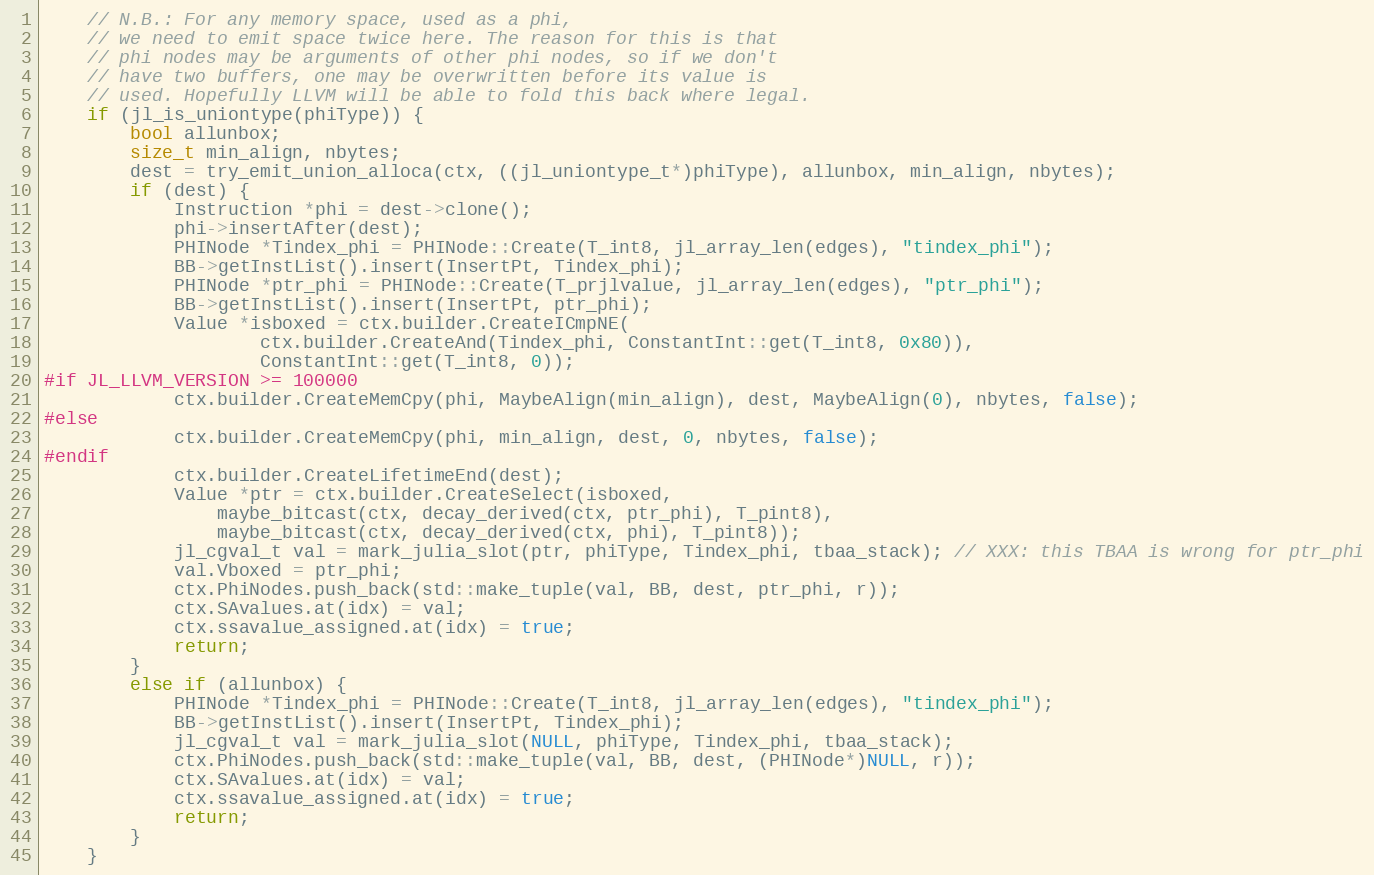
Language: C++
    // N.B.: For any memory space, used as a phi,
    // we need to emit space twice here. The reason for this is that
    // phi nodes may be arguments of other phi nodes, so if we don't
    // have two buffers, one may be overwritten before its value is
    // used. Hopefully LLVM will be able to fold this back where legal.
    if (jl_is_uniontype(phiType)) {
        bool allunbox;
        size_t min_align, nbytes;
        dest = try_emit_union_alloca(ctx, ((jl_uniontype_t*)phiType), allunbox, min_align, nbytes);
        if (dest) {
            Instruction *phi = dest->clone();
            phi->insertAfter(dest);
            PHINode *Tindex_phi = PHINode::Create(T_int8, jl_array_len(edges), "tindex_phi");
            BB->getInstList().insert(InsertPt, Tindex_phi);
            PHINode *ptr_phi = PHINode::Create(T_prjlvalue, jl_array_len(edges), "ptr_phi");
            BB->getInstList().insert(InsertPt, ptr_phi);
            Value *isboxed = ctx.builder.CreateICmpNE(
                    ctx.builder.CreateAnd(Tindex_phi, ConstantInt::get(T_int8, 0x80)),
                    ConstantInt::get(T_int8, 0));
#if JL_LLVM_VERSION >= 100000
            ctx.builder.CreateMemCpy(phi, MaybeAlign(min_align), dest, MaybeAlign(0), nbytes, false);
#else
            ctx.builder.CreateMemCpy(phi, min_align, dest, 0, nbytes, false);
#endif
            ctx.builder.CreateLifetimeEnd(dest);
            Value *ptr = ctx.builder.CreateSelect(isboxed,
                maybe_bitcast(ctx, decay_derived(ctx, ptr_phi), T_pint8),
                maybe_bitcast(ctx, decay_derived(ctx, phi), T_pint8));
            jl_cgval_t val = mark_julia_slot(ptr, phiType, Tindex_phi, tbaa_stack); // XXX: this TBAA is wrong for ptr_phi
            val.Vboxed = ptr_phi;
            ctx.PhiNodes.push_back(std::make_tuple(val, BB, dest, ptr_phi, r));
            ctx.SAvalues.at(idx) = val;
            ctx.ssavalue_assigned.at(idx) = true;
            return;
        }
        else if (allunbox) {
            PHINode *Tindex_phi = PHINode::Create(T_int8, jl_array_len(edges), "tindex_phi");
            BB->getInstList().insert(InsertPt, Tindex_phi);
            jl_cgval_t val = mark_julia_slot(NULL, phiType, Tindex_phi, tbaa_stack);
            ctx.PhiNodes.push_back(std::make_tuple(val, BB, dest, (PHINode*)NULL, r));
            ctx.SAvalues.at(idx) = val;
            ctx.ssavalue_assigned.at(idx) = true;
            return;
        }
    }